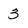
Character: 3